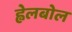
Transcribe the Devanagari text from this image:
ह्वेलबोल